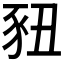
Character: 𬤽